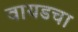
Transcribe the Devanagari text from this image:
वायडचा